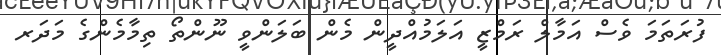
ފުރަތަމަ ވެސް އަމާލް ރަމްޒީ އަލަމުއްދީން މެން ބަލަންވީ ނޫންތޯ ތިމާމެންގެ މަދަރ